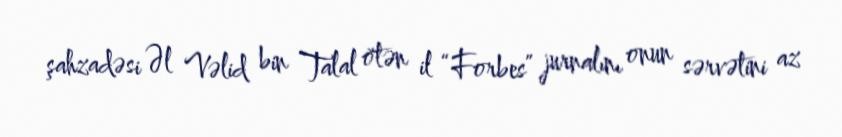
şahzadəsi Əl Vəlid bin Talal ötən il “Forbes” jurnalını onun sərvətini az